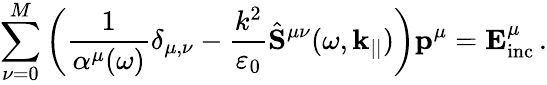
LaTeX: \sum_{\nu=0}^{M}\left(\frac{1}{\alpha^{\mu}(\omega)}\delta_{\mu,\nu}-\frac{k^{2}}{\varepsilon_{0}}\hat{\mathbf{S}}^{\mu\nu}(\omega,\mathbf{k}_{||})\right)\mathbf{p}^{\mu}=\mathbf{E}_{\mathrm{inc}}^{\mu}\, .